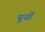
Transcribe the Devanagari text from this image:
पूयों